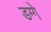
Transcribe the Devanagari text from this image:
डग्गे